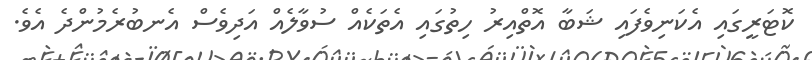
ކޮޓަރީގައި އެކަނިވެފައި ޝަބާ އޮތްއިރު ހިތުގައި އެތަކެއް ސުވާލެއް އަދިވެސް އެނބުރެމުންދެ އެވެ.